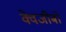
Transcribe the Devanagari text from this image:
क्वेजीबो